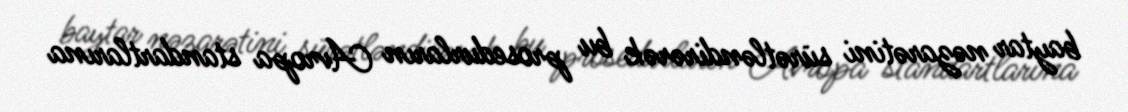
baytar nəzarətini sürətləndirərək bu prosedurların Avropa standartlarına